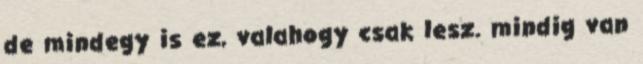
de mindegy is ez, valahogy csak lesz. mindig van